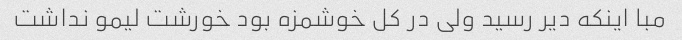
مبا اینکه دیر رسید ولی در کل خوشمزه بود خورشت لیمو نداشت